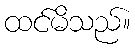
ထင်မိသည်။